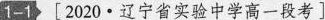
1-1 [2020·辽宁省实验中学高一段考]